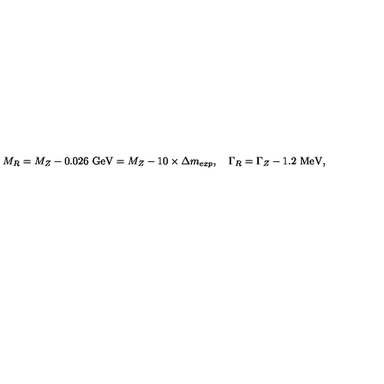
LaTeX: M _ { R } = M _ { Z } - 0 . 0 2 6 \ \mathrm { G e V } = M _ { Z } - 1 0 \times \Delta m _ { e x p } , \quad \Gamma _ { R } = \Gamma _ { Z } - 1 . 2 \ \mathrm { M e V } ,